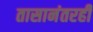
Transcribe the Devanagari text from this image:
तासानंतरही